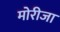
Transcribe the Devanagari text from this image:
मोरीजा